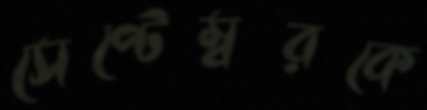
সেপ্টেম্বরকে